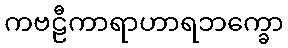
ကဗဠီကာရာဟာရဘက္ခော